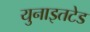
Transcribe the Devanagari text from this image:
युनाइतटेड